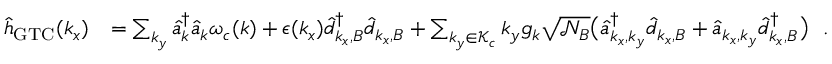
\begin{array} { r l } { { \hat { h } } _ { \mathrm { G T C } } ( k _ { x } ) } & { = \sum _ { { k _ { y } } } \hat { a } _ { \boldsymbol k } ^ { \dagger } \hat { a } _ { \boldsymbol k } \omega _ { c } ( { \boldsymbol k } ) + \epsilon ( k _ { x } ) \hat { d } _ { k _ { x } , B } ^ { \dagger } \hat { d } _ { k _ { x } , B } + \sum _ { k _ { y } \in \mathcal { K } _ { c } } k _ { y } { g _ { \boldsymbol k } } \sqrt { \mathcal { N } _ { B } } \big ( \hat { a } _ { k _ { x } , k _ { y } } ^ { \dagger } \hat { d } _ { k _ { x } , B } + \hat { a } _ { { k _ { x } , k _ { y } } } \hat { d } _ { k _ { x } , B } ^ { \dagger } \big ) ~ ~ . } \end{array}